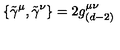
\{ \tilde { \gamma } ^ { \mu } , \tilde { \gamma } ^ { \nu } \} = 2 g _ { ( d - 2 ) } ^ { \mu \nu }